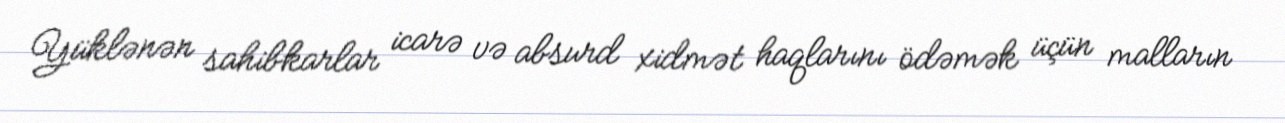
Yüklənən sahibkarlar icarə və absurd xidmət haqlarını ödəmək üçün malların